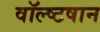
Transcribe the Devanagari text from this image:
वॉल्ष्टषान